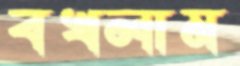
বখলাম